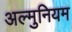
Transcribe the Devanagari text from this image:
अल्मुनियम